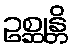
ဥစ္ဆုန္တိ